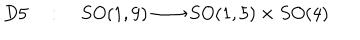
D 5 \quad : \quad S O ( 1 , 9 ) \longrightarrow S O ( 1 , 5 ) \times S O ( 4 )